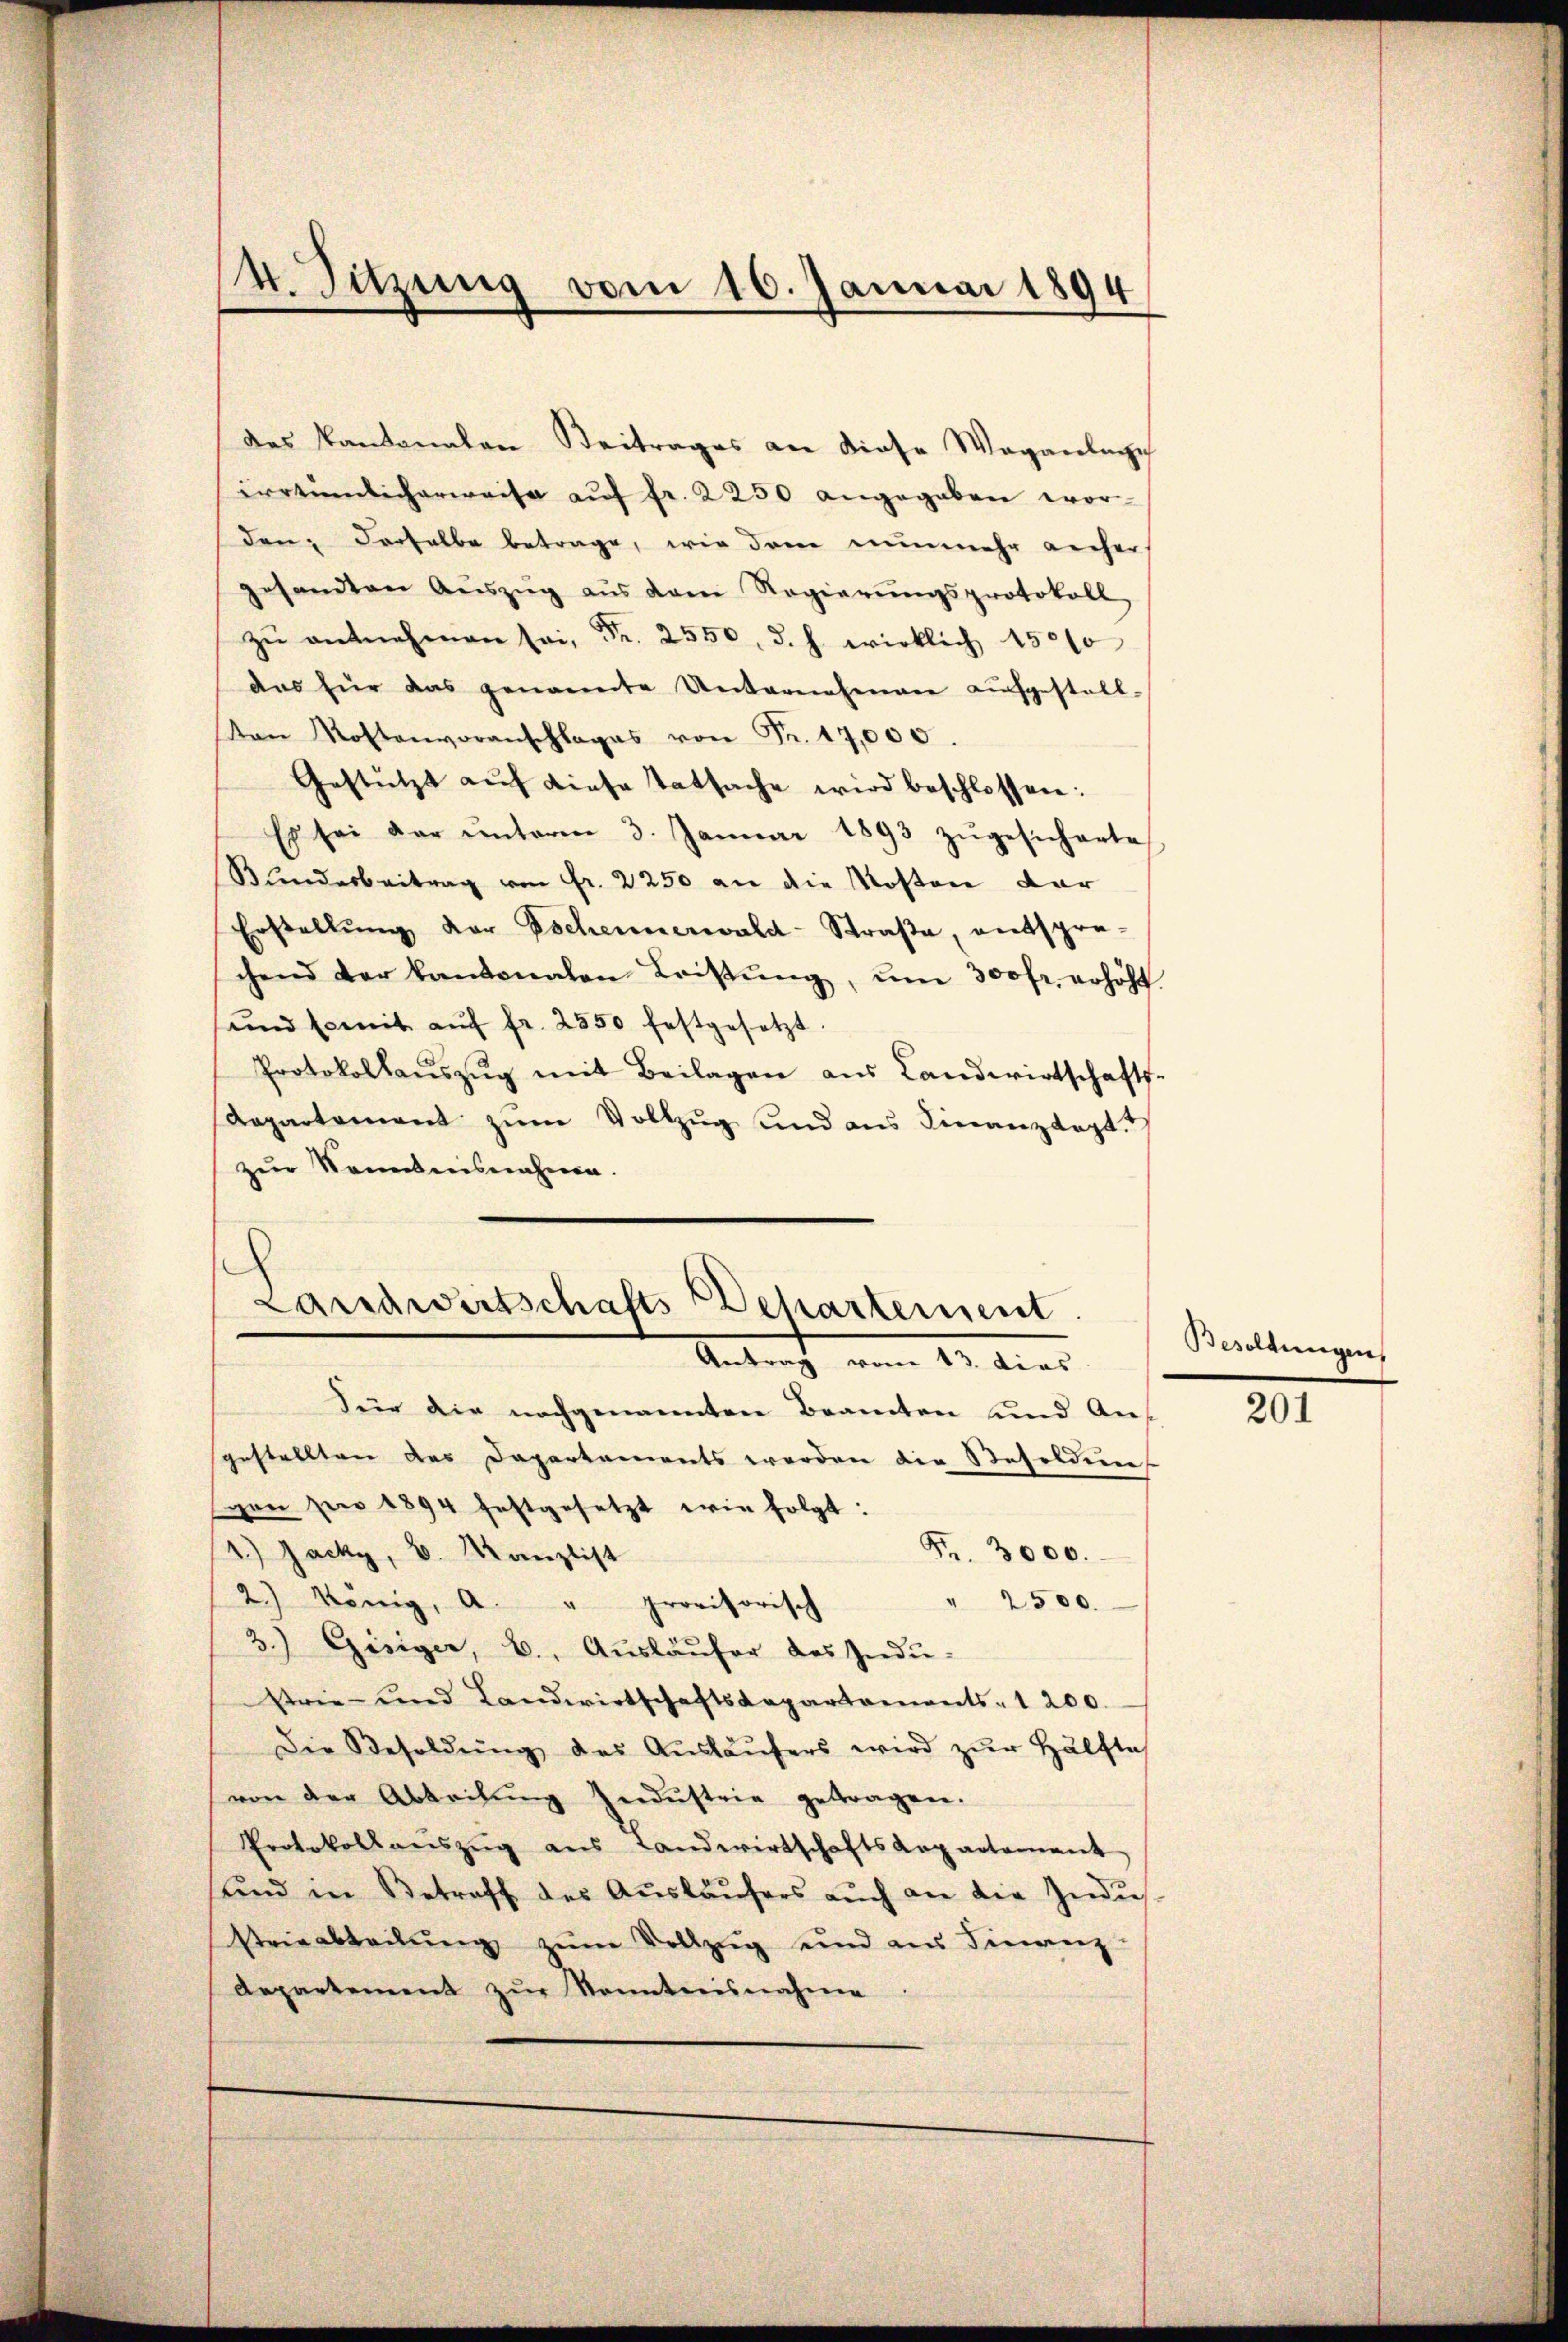
4. Sitzung vom 16. Januar 1894

des Kantonalen Beitrages an diese Weganlage
irrtümlicherweise aŭf fr. 2250 angegeben wordenz derselbe betrage, wie dann nunmehr anher
gesamten Aŭszŭg aŭs dem Regierŭngsprotokoll
zŭ entnehmen sei, Fr. 2550. d. h. wirklich 15000
das für das genannte Unternehmen aŭfgestall-
Von Kostenvoranschlages von Fr. 17,000
Gestützt aŭf diese Tatsache wird beschlossen:
Es sei der ŭnterm 3. Januar 1893 zŭgesicherte
Bundesbeitrag von Fr. 2250 an die Kosten dar
Erstellŭng der Escheunerwald-Straβe entspre-
chend der kantonalen Leistŭng, um 300fr. erhöht.
und somit aŭf fr. 2550 festgesetzt.
Protokollaŭszŭg mit Beilagen aus Landwirtschafts-
Aepartament zum Vollzug und aus Finanztagt.“
zur Kenntnisnahme.

Landwirtschafts-Departement.
Antrag vom 13. dies

Für die nachgenannten Beamten und Angestellten das Dapartements werden die Resoldun
von pro 1894 festgesetzt wie folgt:
4.) Jacky, B. Kanzlist
" 2500.
2.) König, a. " provisorisch
3.) Gisiger, b. Aŭsläŭfer des Indu-
Strie- und Landwirtschaftskapartaments- 1 200.
Die Besoldŭng des Aŭsläŭfers wird zŭr Hälfte
von der Abteilŭng Indŭstrie getragen.
Protokollaŭszŭg aŭs Landwirtschaftsdepartement
sund in Betreff des Aŭsläufers auch an die Indu¬
Strieabteilŭng zŭm Vollzug und an Finanz-
Repartement zur Kenntnisnahme

Fr. 3000.

Besoldungen

201